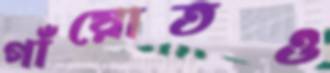
গাঁয়োতও